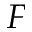
F